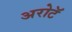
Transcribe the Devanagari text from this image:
अरोटॅ